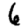
Digit: 6